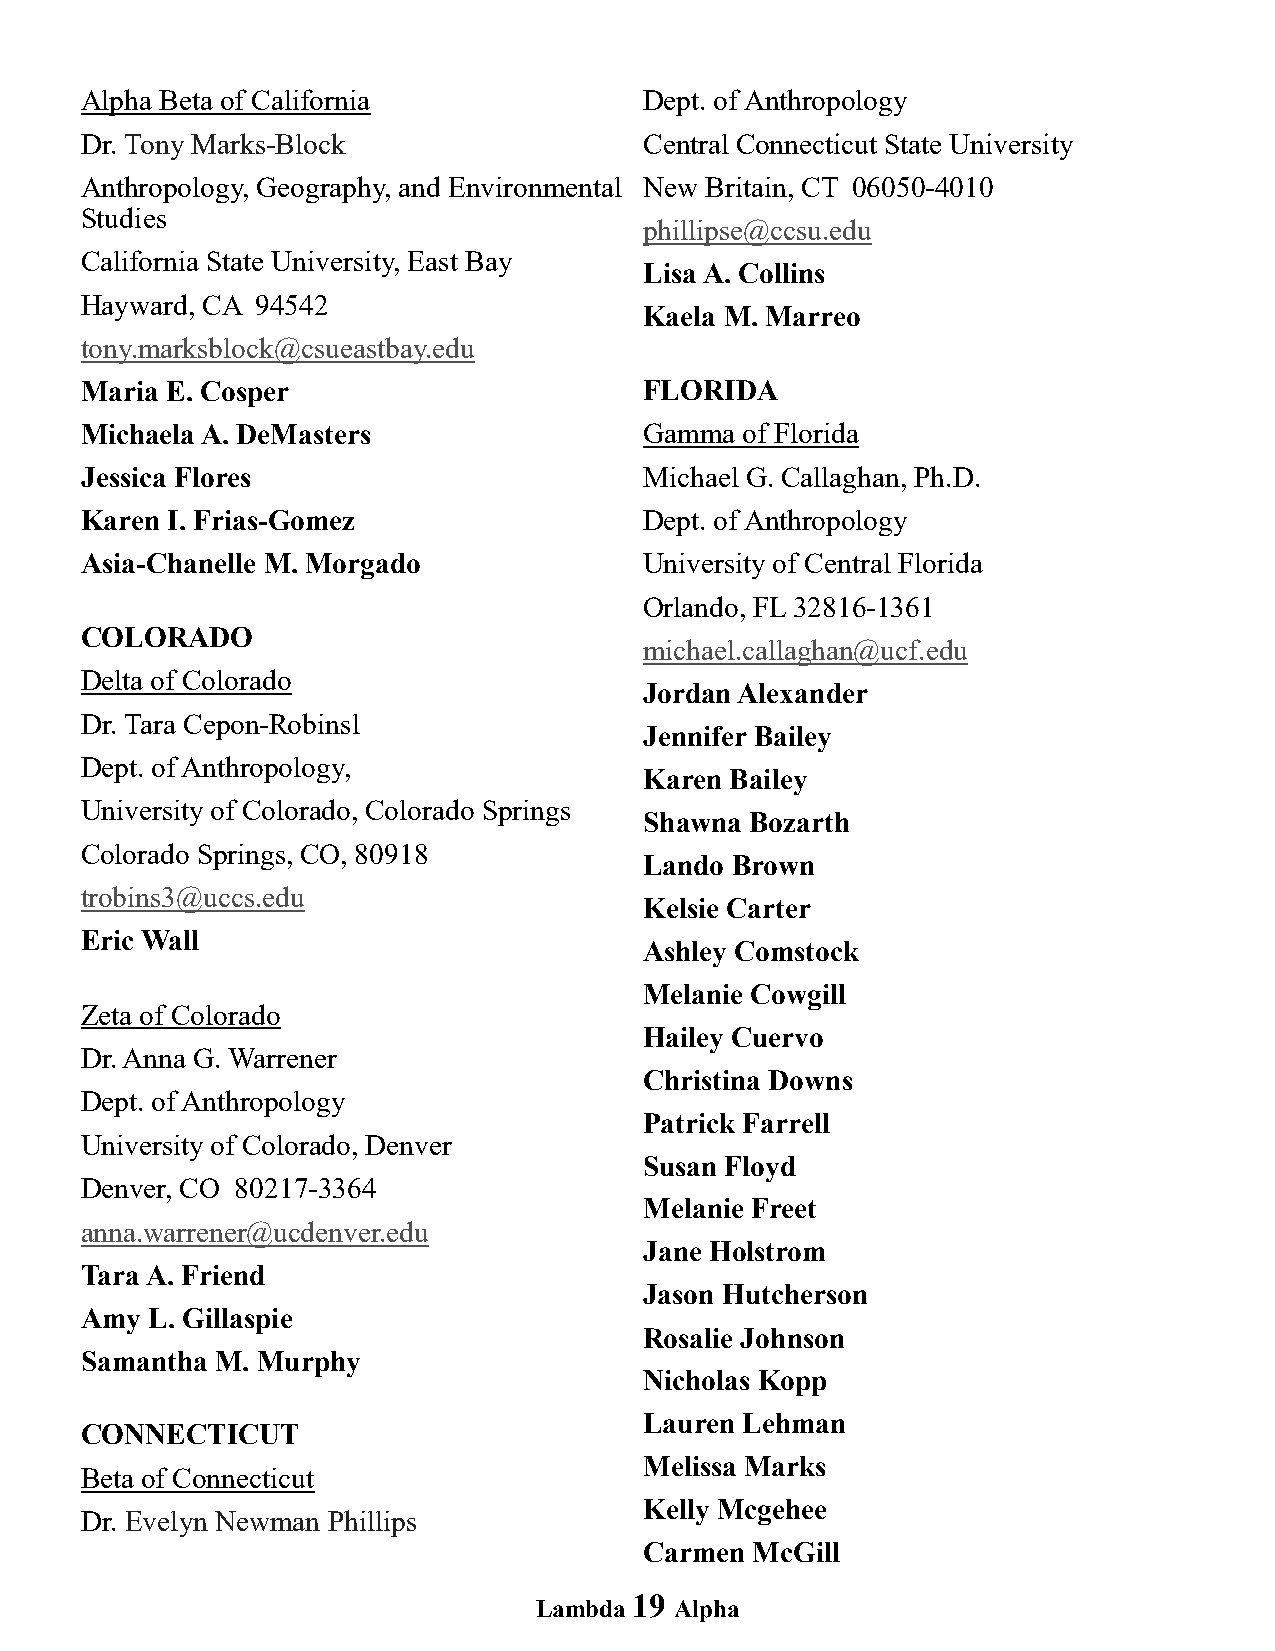
Alpha Beta of California              Dept. of Anthropology
 Dr. Tony Marks-Block                  Central Connecticut State University
 Anthropology, Geography, and Environmental New Britain, CT 06050-4010
 Studies
 phillipse@ccsu.edu
 California State University, East Bay
 Lisa A. Collins
 Hayward, CA 94542
 Kaela M. Marreo
 tony.marksblock@csueastbay.edu
 Maria E. Cosper                       FLORIDA
 Michaela A. DeMasters                 Gamma of Florida
 Jessica Flores                        Michael G. Callaghan, Ph.D.
 Karen I. Frias-Gomez                  Dept. of Anthropology
 Asia-Chanelle M. Morgado              University of Central Florida
 Orlando, FL 32816-1361
 COLORADO
 michael.callaghan@ucf.edu
 Delta of Colorado
 Jordan Alexander
 Dr. Tara Cepon-Robinsl
 Jennifer Bailey
 Dept. of Anthropology,
 Karen Bailey
 University of Colorado, Colorado Springs
 Shawna Bozarth
 Colorado Springs, CO, 80918
 Lando Brown
 trobins3@uccs.edu
 Kelsie Carter
 Eric Wall
 Ashley Comstock
 Melanie Cowgill
 Zeta of Colorado
 Hailey Cuervo
 Dr. Anna G. Warrener
 Christina Downs
 Dept. of Anthropology
 Patrick Farrell
 University of Colorado, Denver
 Susan Floyd
 Denver, CO 80217-3364
 Melanie Freet
 anna.warrener@ucdenver.edu
 Jane Holstrom
 Tara A. Friend
 Jason Hutcherson
 Amy  L. Gillaspie
 Rosalie Johnson
 Samantha M. Murphy
 Nicholas Kopp
 Lauren Lehman
 CONNECTICUT
 Melissa Marks
 Beta of Connecticut
 Kelly Mcgehee
 Dr. Evelyn Newman Phillips
 Carmen McGill
 19
 Lambda    Alpha